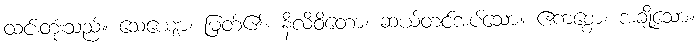
ထင်းတုံးသည်။ သေယျော၊ မြတ်၏။ နိလိဝိတော၊ ဆယ်တင်အပ်သော။ ဧကစ္စော၊ အချို့သော။